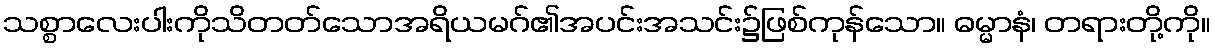
သစ္စာလေးပါးကိုသိတတ်သောအရိယမဂ်၏အပင်းအသင်း၌ဖြစ်ကုန်သော။ ဓမ္မာနံ၊ တရားတို့ကို။